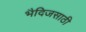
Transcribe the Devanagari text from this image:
भैदिजसाठी